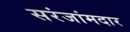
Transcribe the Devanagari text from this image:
सरंजांमदार